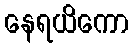
နေရယိကော